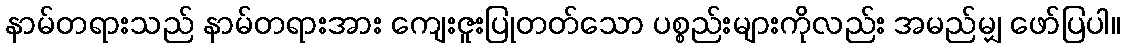
နာမ်တရားသည် နာမ်တရားအား ကျေးဇူးပြုတတ်သော ပစ္စည်းများကိုလည်း အမည်မျှ ဖော်ပြပါ။